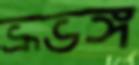
ভ্রূভঙ্গ